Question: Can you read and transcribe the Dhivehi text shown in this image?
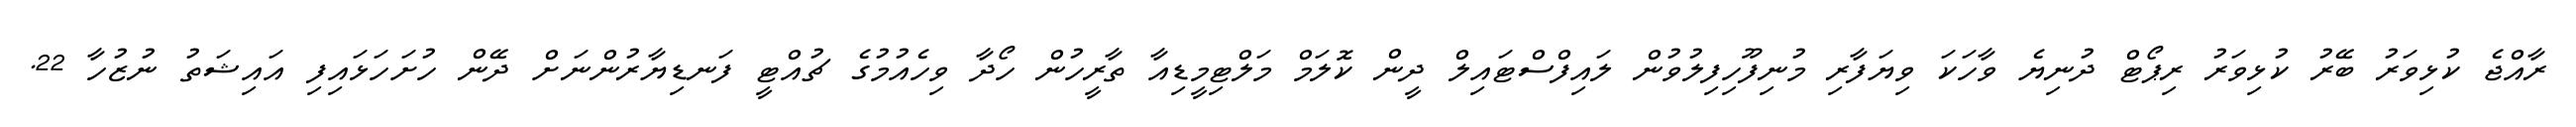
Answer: ރާއްޖެ ކުޅިވަރު ބޭރު ކުޅިވަރު ރިޕޯޓް ދުނިޔެ ވާހަކަ ވިޔަފާރި މުނިފޫހިފިލުވުން ލައިފްސްޓައިލް ދީން ކޮލަމް މަލްޓިމީޑިއާ ތާރީހުން ހޯދާ ވިހެއުމުގެ ޗުއްޓީ ފަނޑިޔާރުންނަށް ދޭން ހުށަހަޅައިފި އައިޝަތު ނުޒުހާ 22.